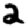
Digit: 2